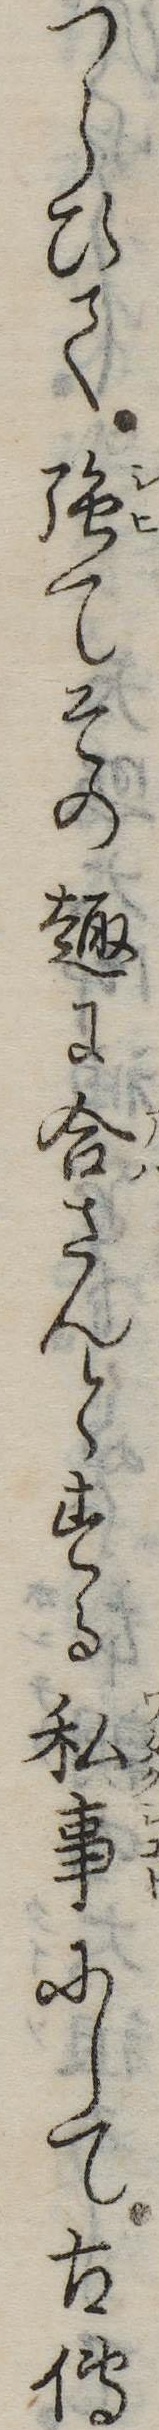
つらひて強てその趣に合さんとする私事にして古伝